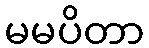
မမပိတာ